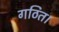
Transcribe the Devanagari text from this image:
गठित।